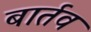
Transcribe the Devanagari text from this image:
बार्तव